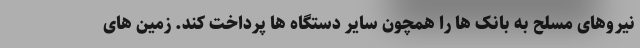
نیروهای مسلح به بانک ها را همچون سایر دستگاه ها پرداخت کند. زمین های